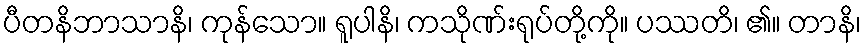
ပီတနိဘာသာနိ၊ ကုန်သော။ ရူပါနိ၊ ကသိုဏ်းရုပ်တို့ကို။ ပဿတိ၊ ၏။ တာနိ၊